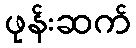
ဖုန်းဆက်